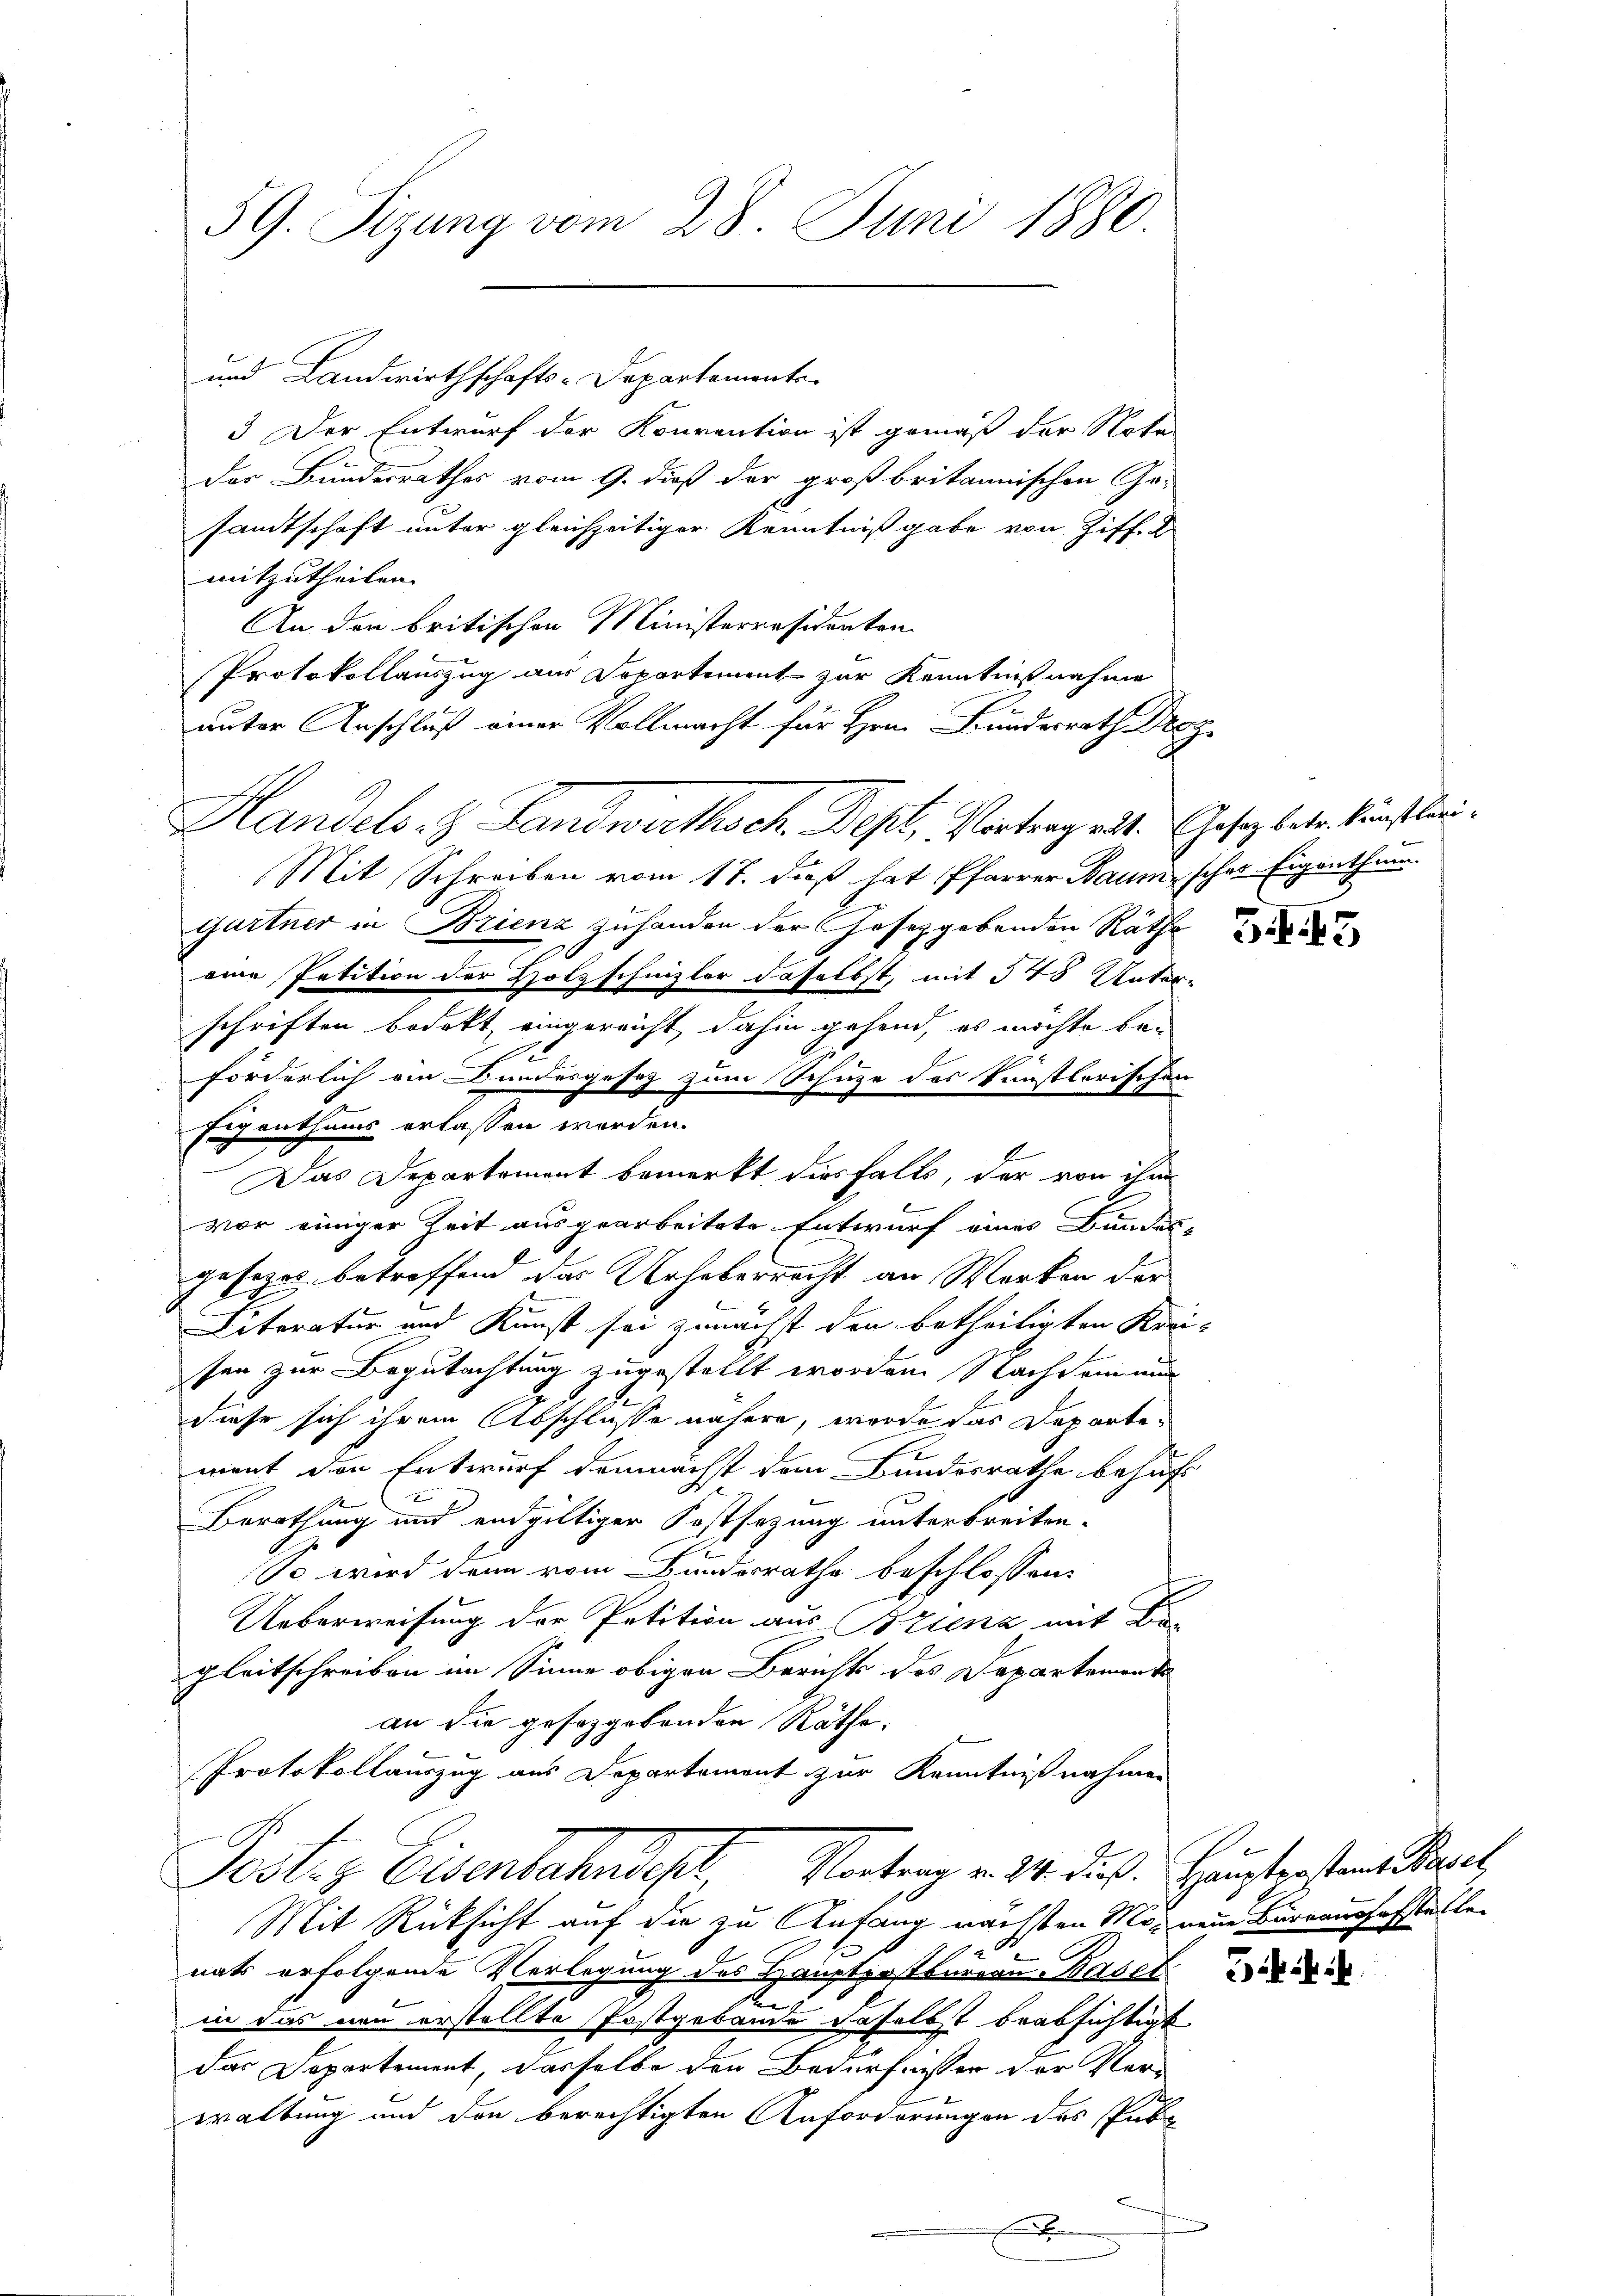
59. Sizung vom 28. Juni 1880.

und Landwirthschafts-Departemente.
3 Der Entwurf der Konvention ist gemäß der Nota
der Bundesrathes vom 9. dieß der großbritannischen Ge-
sandtschaft unter gleichzeitiger Kenntnißgabe von Ziff. 2
mitzutheilen.
An den britischen Ministerresidenten
Protokollauszug aus Soportement zur Kenntnißnahme
unter Anschluß einer Vollmacht für Hrn. Bundesrath Droz
Handels- & Landwirthsch. Des, Vortrag eit. Gesez beter künstleri
Mit Schreiben vom 17. daß hat Pfarrer Baumscher Eigenthum.
Gartner in Brienz zuhanden der Gesezgebenden Räthe
eine Petition der Holzschnizler daselbst, mit 548 Untere
schriften bedekt, eingereicht dahin gehend, es möchte bei
e
forderlich ein Bundesgesetz zum Schuze des künstlerischen
Eigenthums erlassen worden.
Das Departement bemerkt diesfalls, der von ihm
vor einiger Zeit ausgearbeitete Entwurf eines Bundes-
gesezes betreffend das Urheberrecht an Werken der
e
Literatur und Kunst sei zunächst den betheiligten Krei-
sen zur Begutachtung zugestellt worden. Nachdem nun
diese sich ihrem Abschlusse nähere, werde das Departement den Entwurf demnächst dem Bundesrathe behufs
Berathung und endgültiger Festsezung unterbreiten.
So wird dann vom Bundesrathe beschlossen:
Ueberweisung der Petition aus Brienz mit Be-
gleitschreiben im Sinne obigen Berichts des Departement
an die gesorgebenden Räthe.
Protokollauszug aus Departement zur Kenntnißnahmen
Postez Eisenbahnscht, Vortrag v. M. des Haustersten Beri
Mit Rücksicht auf die zu Anfang nächsten Mos neue Barrausfasstelle
nats erfolgende Verlegung des Hauptpostbureau Basel
n
in das neu erstellte Postgebäude daselbst beabsichtigt
das Departement, dasselbe den Bedürfnisser der Ver-
waltung und den berechtigten Anforderungen des Publ
x

3445

34